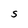
Character: S